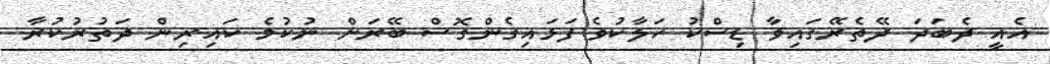
އެއީ ދެބަދަ ދޭތެރޭގައިވާ ޑިސްކު ހަލާކުވެ ފަޅައިގެންގޮސް ބޭރަށް ނުކުމެ ކައިރިން ދަތުރުކުރާ